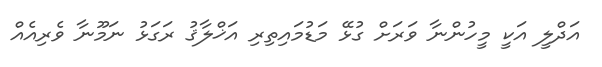
އަދްލީ އަކީ މީހުންނާ ވަރަށް ގުޅޭ މަޑުމައިތިރި އަޚްލާޤު ރަގަޅު ނަމޫނާ ވެރިއެއް